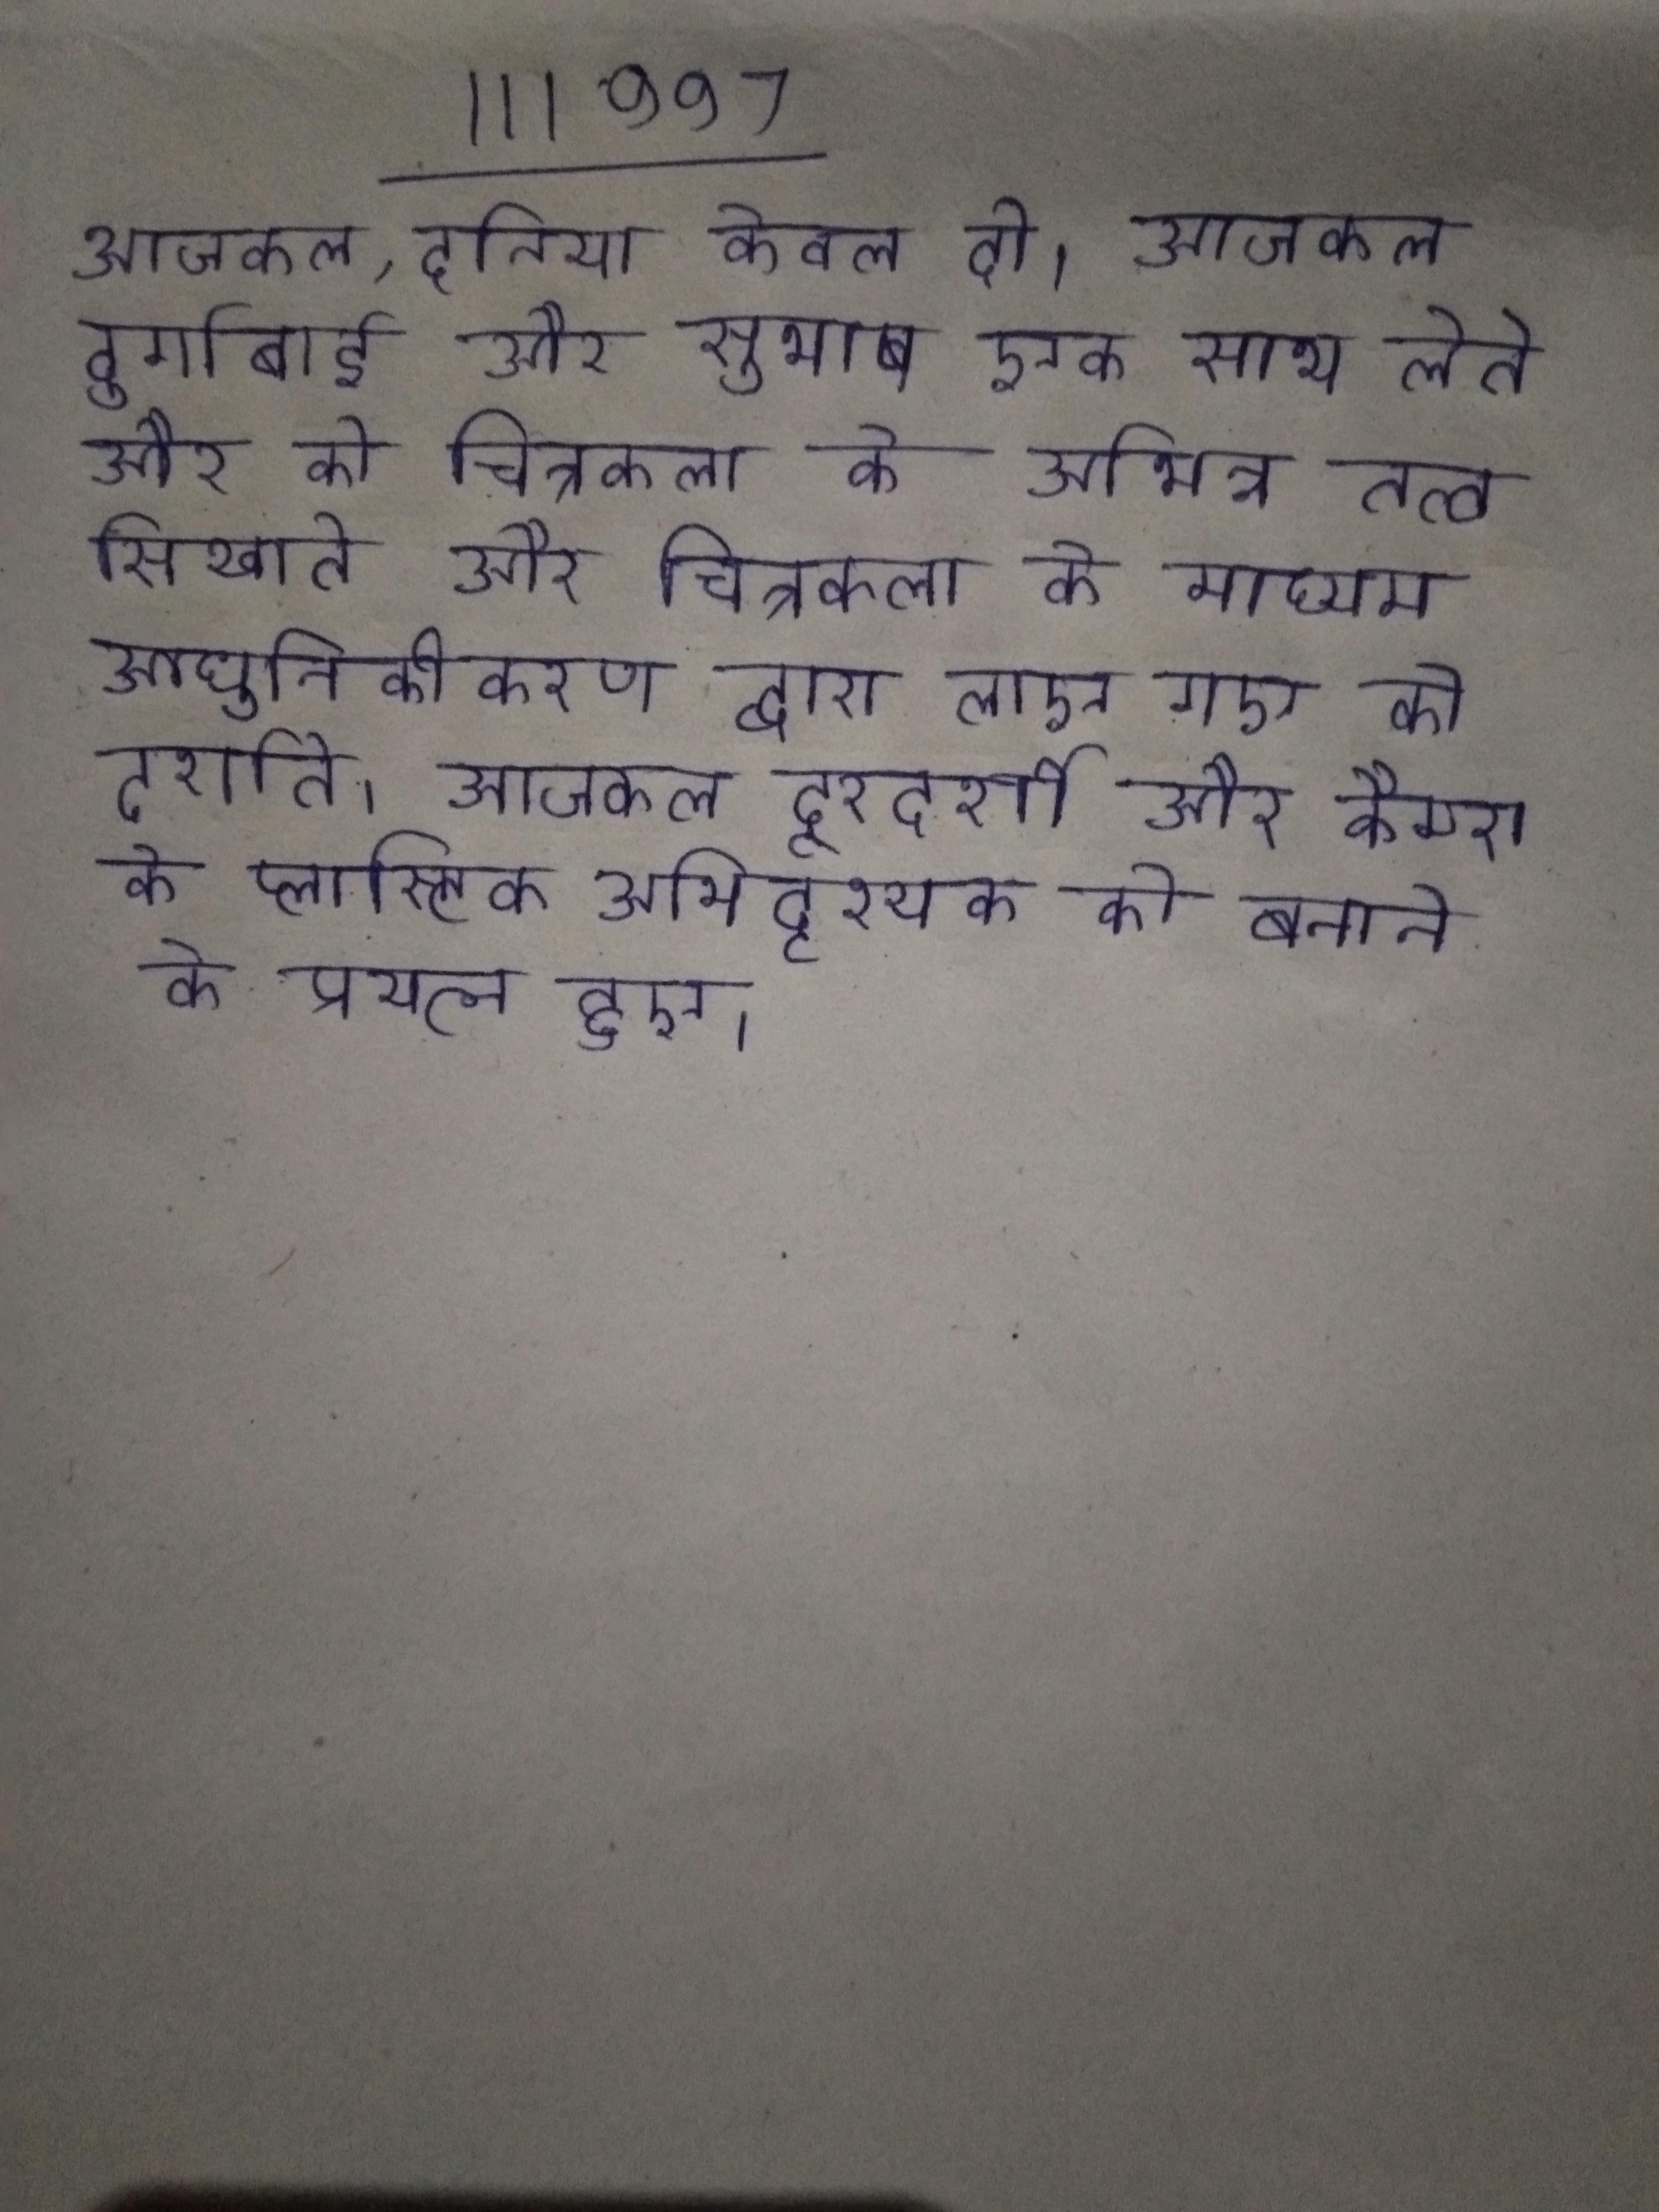
आजकल, दुनिया केवल दो । आजकल दुर्गाबाई और सुभाष एक साथ लेते और को चित्रकला के अभिन्न तत्व सिखाते और चित्रकला के माध्यम आधुनिकीकरण द्वारा लाए गए को दर्शाते । आजकल दूरदर्शी और कैमरा के प्लास्टिक अभिदृश्यक को बनाने के प्रयत्न हुए ।